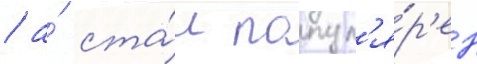
/ а́ ста́л попул'я́р'ен